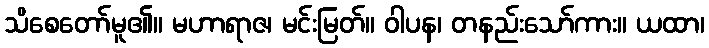
သိစေတော်မူ၏။ မဟာရာဇ၊ မင်းမြတ်။ ဝါပန၊ တနည်းသော်ကား။ ယထာ၊